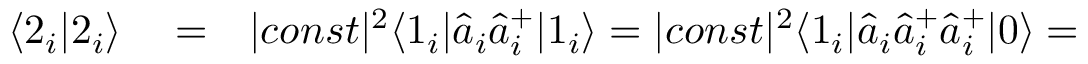
\begin{array} { r l r } { \langle 2 _ { i } | 2 _ { i } \rangle } & { { } = } & { | c o n s t | ^ { 2 } \langle 1 _ { i } | \hat { a } _ { i } \hat { a } _ { i } ^ { + } | 1 _ { i } \rangle = | c o n s t | ^ { 2 } \langle 1 _ { i } | \hat { a } _ { i } \hat { a } _ { i } ^ { + } \hat { a } _ { i } ^ { + } | 0 \rangle = } \end{array}